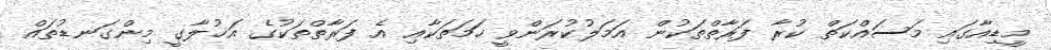
މީޑިއާގައި މަސައްކަތް ކުރާ ފަރާތްތަކުން އަމަލުކުރަންވީ ހަމަތަކާއި އެ ފަރާތްތަކުގެ އަޚުލާގީ މިންގަނޑުތައް